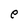
Character: e